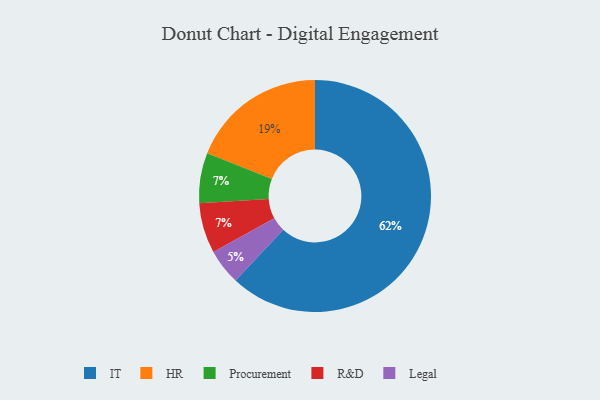
{"axis": {"x": "Category", "y": "Percentage"}, "legend": ["HR", "IT", "Legal", "Procurement", "R&D"], "data": [{"x": "IT", "y": 62, "type": "IT"}, {"x": "Legal", "y": 5, "type": "Legal"}, {"x": "HR", "y": 19, "type": "HR"}, {"x": "Procurement", "y": 7, "type": "Procurement"}, {"x": "R&D", "y": 7, "type": "R&D"}]}